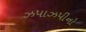
ઝપાઝપીનો